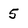
Character: 5